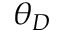
\theta _ { D }